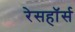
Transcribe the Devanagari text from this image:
रेसहॉर्स